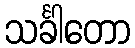
သင်္ခါတော